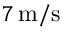
7 \, \mathrm { m / s }